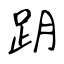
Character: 跀